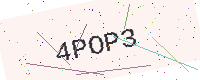
Text: 4POP3